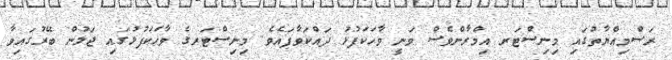
ރަސްމިއްޔާތުގައި މިނިސްޓަރ އިމްރާންވެސް ވަނީ ވާހަކަފުޅު ދައްކަވާފައެވެ. މިނިސްޓަރގެ ވާހަކަފުޅުގައި ޖަލުން ބޭރުގައިވާ